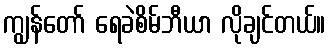
ကျွန်တော် ရေခဲစိမ်ဘီယာ လိုချင်တယ်။